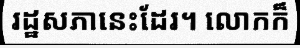
រដ្ឋសភានេះដែរ។ លោកក៏